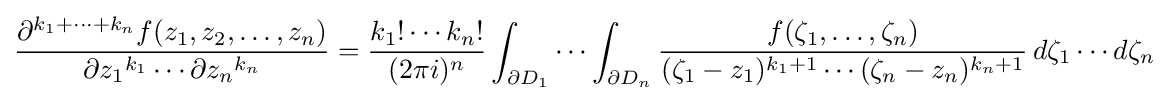
{\frac {\partial ^{k_{1}+\cdots +k_{n}}f(z_{1},z_{2},\ldots ,z_{n})}{\partial {z_{1}}^{k_{1}}\cdots \partial {z_{n}}^{k_{n}}}}={\frac {k_{1}!\cdots k_{n}!}{(2\pi i)^{n}}}\int _{\partial D_{1}}\cdots \int _{\partial D_{n}}{\frac {f(\zeta _{1},\dots ,\zeta _{n})}{(\zeta _{1}-z_{1})^{k_{1}+1}\cdots (\zeta _{n}-z_{n})^{k_{n}+1}}}\,d\zeta _{1}\cdots d\zeta _{n}